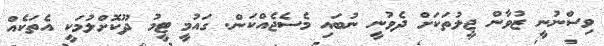
ވިސްނުނީ ޒުވާން ޖީލުތަކަށް ދެވުނީ ނުބައި މެސެޖެއްކަން. ގައުމީ ޓީމު ދޫކޮށްލުމަކީ އެތަކެއް